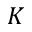
K